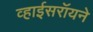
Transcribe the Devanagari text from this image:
व्हाईसरॉयने